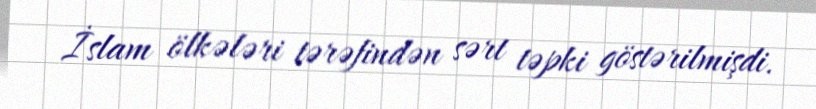
İslam ölkələri tərəfindən sərt təpki göstərilmişdi.